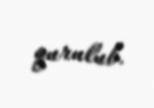
qurulub.